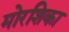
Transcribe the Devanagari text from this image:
मोरशिका